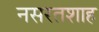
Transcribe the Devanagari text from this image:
नसरतशाह